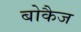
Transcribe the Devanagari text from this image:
बोकैज